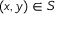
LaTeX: ( x , y ) \in S